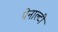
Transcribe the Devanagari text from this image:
पेनाल्‍टी